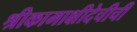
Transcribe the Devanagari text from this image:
श्रीकामाक्षीदेचीची